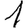
Digit: 1